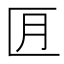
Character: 𪟬